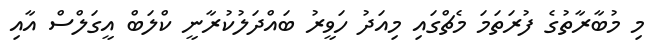
މި މުބާރާތުގެ ފުރަތަމަ މެޗްގައި މިއަދު ހަވީރު ބައްދަލުކުރާނީ ކްލަބް އީގަލްސް އާއި